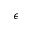
\epsilon